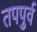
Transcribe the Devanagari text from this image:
तपपुर्व